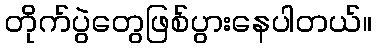
တိုက်ပွဲတွေဖြစ်ပွားနေပါတယ်။